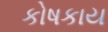
કોષકાય